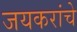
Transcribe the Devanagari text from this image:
जयकरांचे